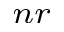
_ { n r }